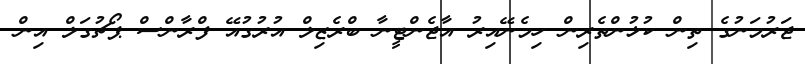
ޖަރުމަނުގެ ތިން ކުޅުންތެރިން ހިމެނޭއިރު އާޖެންޓީނާ ބްރެޒިލް އުރުގުއޭ ފްރާންސް ޕޯޗުގަލް އިން